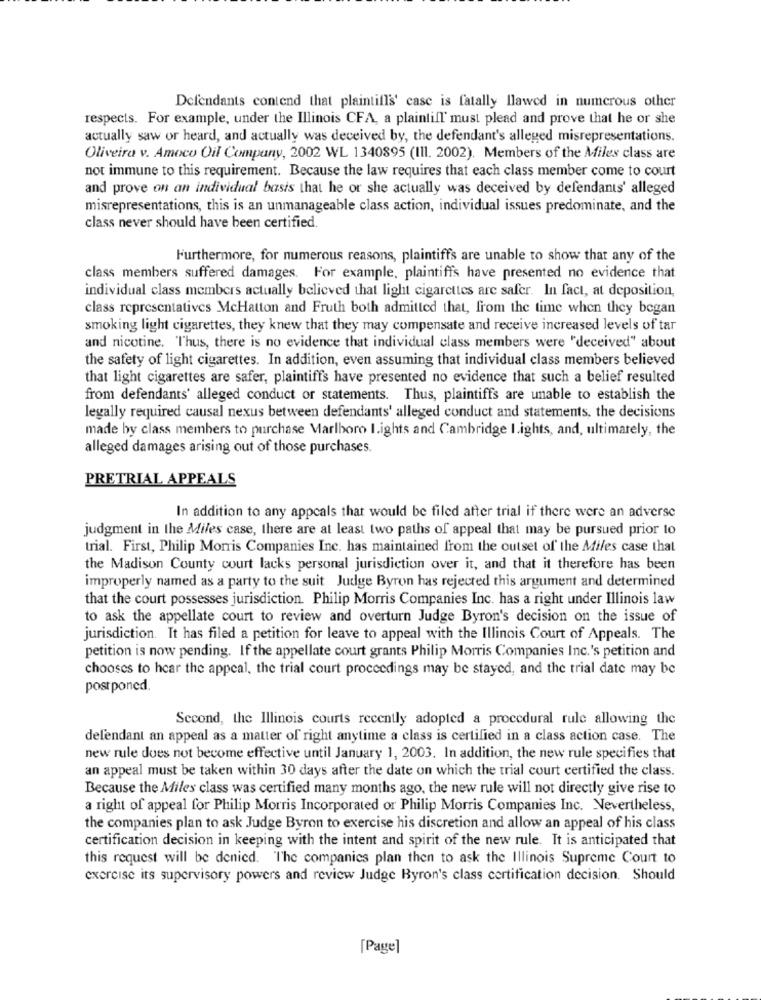
Defendants contend that plaintill's' case is fatally llawed in numerous other
respects. For example, under the Illinois CFA, a plaintiff' must plead and prove that he or she
actually saw or heard, and actually was deceived by, the defendant's alleged misrepresentations.
Oliveira v. Amoco Oil Company, 2002 WL 1340895 (III. 2002). Members of the Miles class are
not immune to this requirement. Because the law requires that each class member come to court
and prove on an individual basis that he or she actually was deceived by defendants' alleged
misrepresentations, this is an unmanageable class action, individual issues predominate, and the
class never should have been certified.
Furthermore, for numerous reasons, plaintiffs are unable to show that any of the
class members suffered damages. For example, plaintiffs have presented no evidence that
individual class members actually believed that light cigarettes are safer. In fact, at deposition,
class representatives McHatton and Fruth both admitted that, from the time when they began
smoking light cigarettes, they knew that they may compensate and receive increased levels of tar
and nicotine. "Thus, there is no evidence that individual class members were "deceived" about
the safety of light cigarettes. In addition, even assuming that individual class members believed
that light cigarettes are safer, plaintiffs have presented no evidence that such a belief resulted
from defendants' alleged conduct or statements. Thus, plaintiffs are unable to establish the
legally required causal nexus between defendants' alleged conduct and statements, the decisions
made by class members to purchase Marlboro I.ights and Cambridge I.ights, and, ultimately, the
alleged damages arising out of those purchases.
PRETRIAL APPEALS
In addition to any appcals that would be filed after trial if there were an adverse
judgment in the Miles case, there are at least two paths of appeal that may be pursued prior to
trial. First, Philip Morris Companies Inc. has maintained from the outset of the Miles case that
the Madison County court lacks personal jurisdiction over it, and that it therefore has been
improperly named as a party to the suit Judge Byron has rejected this argument and determined
that the court possesses jurisdiction. Philip Morris Companies Inc. has a right under Illinois law
to ask the appellate court to review and overturn Judge Byron's decision on the issue of
jurisdiction. It has filed a petition for leave to appeal with the Illinois Court of Appeals. The
petition is now pending. If the appellate court grants Philip Morris Companies Inc.'s petition and
chooses to hear the appeal, the trial court proceedings may be stayed, and the trial date may be
postponed.
Second, the Illinois courts recently adopted a procedural rule allowing the
defendant an appeal as a matter of right anytime a class is certified in a class action case. The
new rule does not become effective until January 1, 2003. In addition, the new rule specifies that
an appeal must be taken within 30 days after the date on which the trial court certified the class.
Because the Miles class was certified many months ago, the new rule will not directly give rise to
a right of appeal for Philip Morris Incorporated or Philip Morris Companies Inc. Nevertheless,
the companies plan to ask Judge Byron to exercise his discretion and allow an appeal of his class
certification decision in keeping with the intent and spirit of the new rule. It is anticipated that
this request will be denied. The companies plan then to ask the Illinois Supreme Court to
exercise its supervisory powers and review Judge Byron's class certification decision. Should
[Page]